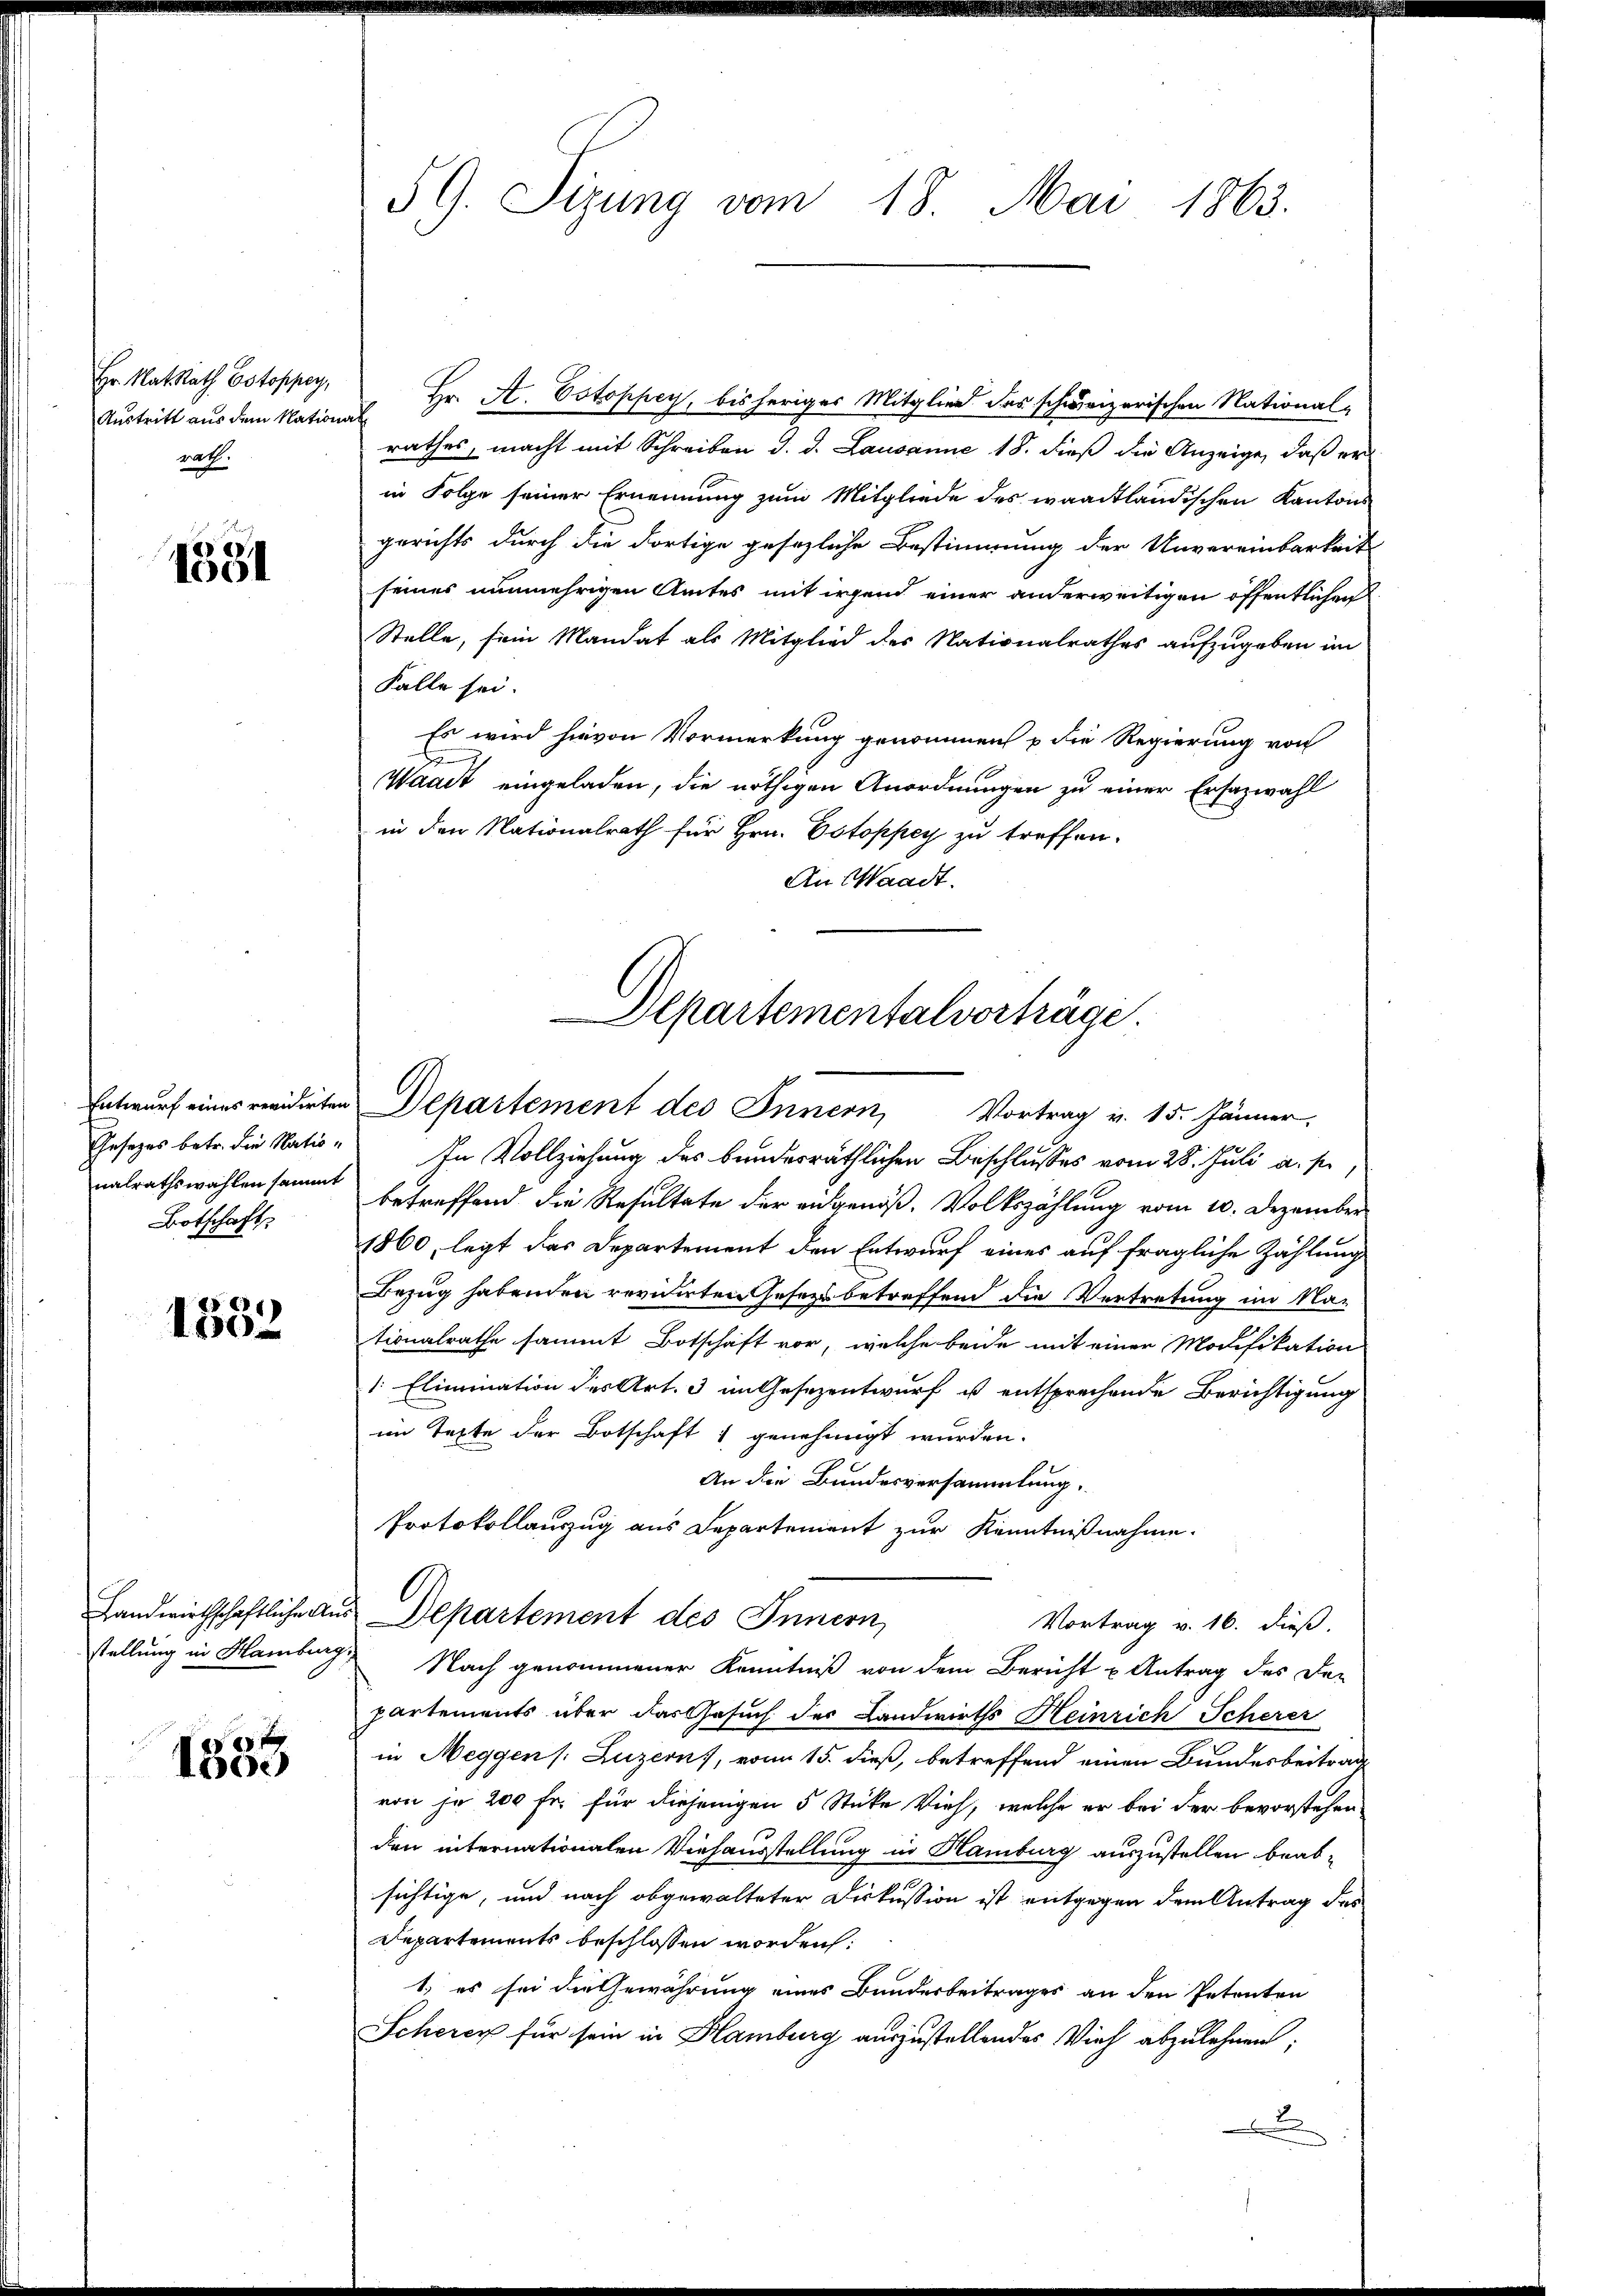
Hr. Rat Rath Estoppey,
Austritt aus dem Nationalrath.

1581

Entwurf eines revidirten
Gesetzes betr. die Nation
nalrathswahlen sammt
Botschaft

1333

Landwirthschaftliche Ausstellung in Hamburg,

1333

5 G. Sizung vom 18. Mai 1863.

Hr. A. Estoppey, bisheriges Mitglied des schweizerischen National-
rathes, macht mit Schreiben d. d. Lausanne 18. dieß die Anzeige, daß er
in Folge seiner Ernennung zum Mitgliede des waadtländischen Kantons
gerichts durch die dortige gesezliche Bestimmung der Unvereinbarkeit
seines nunmehrigen Amtes mit irgend einer anderweitigen öffentlichen
Stelle, sein Mandat als Mitglied des Nationalrathes aufzugeben im
Fälle sei.
Es wird hievon Vormerkung genommen u die Regierung von
8
Waadt eingeladen, die nöthigen Anordnungen zu einer Ersazwahl
in den Nationalrath für Hrn. Estoppey zu treffen.
An Waadt.

Departementalvorträge

Departement des Innern, Vortrag v. 15. Jänner,
In Vollziehung des bunderräthlichen Beschlusses vom 28. Juli a. s
betreffend die Resultate der eidgenöß. Volkszählung vom 10. Dezember
1860, legt das Departement den Entwurf eines auf fragliche Zählung
Bezug habenden revidirten Geser betreffend die Vertretung im Nationalrathe sammt Botschaft vor, welche beide mit einer Modifikation
1: Elimination der Art. 3 im Gesezentwurf us entsprechende Berichtigung
im Texte der Botschaft & genehmigt wurden.
An die Bundesversammlung.
Protokollauszug aus Departement zur Kenntnißnahme.
Departement des Innern,
Vortrag v. 16. dieß.
Nach genommener Kenntniß von dem Bericht u Antrag des De-
partements über das Gesuch der Landwirths Heinrich Scherer
in Neggen /: Luzern, vom 15. dieß, betreffend einen Bundesbeitrag
von je 200 fr. für diejenigen 5 Stücke Vieh, welche er bei der bevorstehen
den internationalen Viehausstellung in Hamburg auszustellen beab-
sichtige, und nach obgewalteter Diskussion ist entgegen dem Antrag des
Departements beschlossen worden:
1) es sei die Gewährung eines Bundesbeitrages an den Petenten
Scherer für sein in Hamburg auszustellendes Vieh abzulehnen;
x